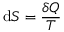
\mathrm { d } S = { \frac { \delta Q } { T } }